画像に写った文字を読んでください
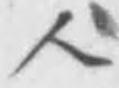
「人」と書いてあります